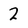
Character: 2